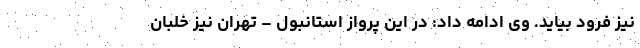
نیز فرود بیاید. وی ادامه داد: در این پرواز استانبول – تهران نیز خلبان